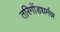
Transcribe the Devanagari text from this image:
तरिगोंडधर्मन्न